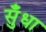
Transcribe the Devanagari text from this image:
सुँधा